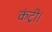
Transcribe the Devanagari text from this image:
कंट्री।